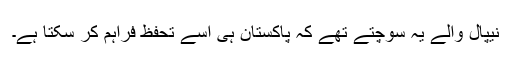
نیپال والے یہ سوچتے تھے کہ پاکستان ہی اسے تحفظ فراہم کر سکتا ہے۔